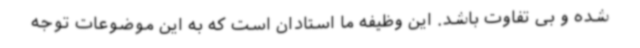
شده و بی تفاوت باشد. این وظیفه ما استادان است که به این موضوعات توجه